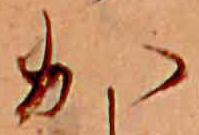
か